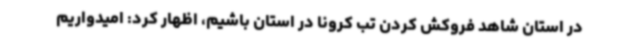
در استان شاهد فروکش کردن تب کرونا در استان باشیم، اظهار کرد: امیدواریم